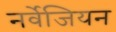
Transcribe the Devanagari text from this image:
नर्वेजियन